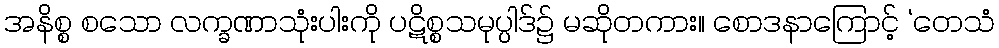
အနိစ္စ စသော လက္ခဏာသုံးပါးကို ပဋိစ္စသမုပ္ပါဒ်၌ မဆိုတကား။ စောဒနာကြောင့် ‘တေသံ